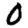
Digit: 0